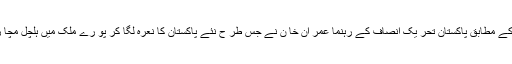
تفصیلات کے مطابق پاکستان تحر یک انصاف کے رہنما عمر ان خا ن نے جس طر ح نئے پاکستان کا نعرہ لگا کر پو رے ملک میں ہلچل مچا رکھی ہے۔